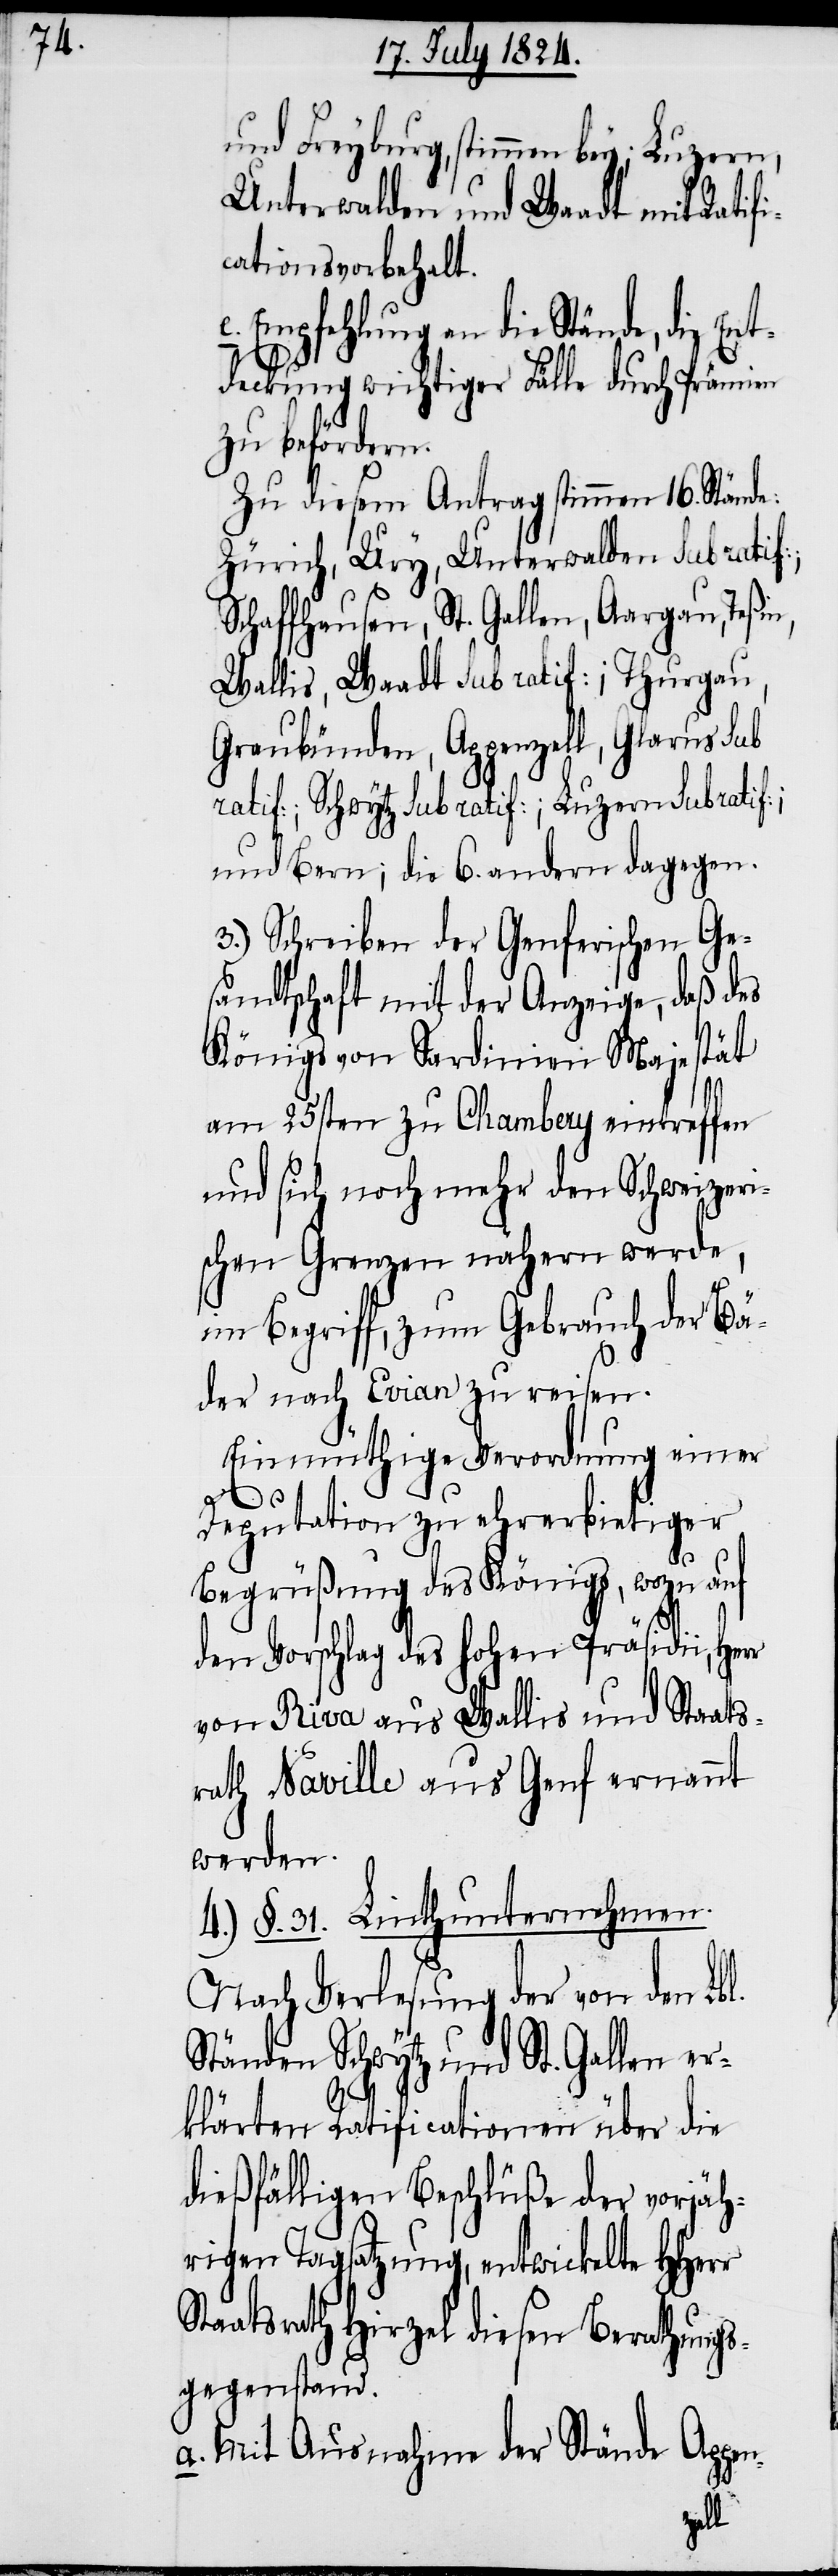
und Freyburg stimmen bey; Luzern,
Unterwalden und Waadt mit Ratif¬
icationsvorbehalt.
Empfehlung an die Stände, die Ent¬
deckung wichtiger Fälle durch Prämien
zu befördern.
Zu diesem Antrag stimmen 16. Stände:
Zürich, Ury, Unterwalden sub ratif:,
Schaffhausen, St. Gallen, Aargau, Teßin,
Wallis, Waadt sub ratif:; Thurgau,
Graubünden, Appenzell, Glarus sub
ratif:; Schwytz sub ratif:; Luzern sub ratif:;
und Bern; die 6. andern dagegen.
3.) Schreiben der Genferischen Ge¬
sandtschaft mit der Anzeige, daß des
Königs von Sardinien Majestät
am 25sten zu Chambery eintreffen
und sich noch mehr den Schweizeri¬
schen Grenzen nähern werde,
im Begriff, zum Gebrauch der Bä¬
der nach Evian zu reisen.
Einmüthige Verordnung einer
Deputation zu ehrerbietiger
Begrüßung des Königs, wozu auf
den Vorschlag des hohen Präsidii,
von Riva aus Wallis und Staats¬
rath Naville aus Genf ernannt
werden.
4.) §. 21. Linthunternehmen.
Nach Verlesung der von den Lbl.
Ständen Schwytz und St. Gallen er¬
klärten Ratificationen über die
dießfälligen Beschlüße der vorjäh¬
rigen Tagsatzung, entwickelte HHerr
Staatsrath Hirzel diesen Berathungs¬
gegenstand.
a. Mit Ausnahme der Stände Appen-